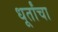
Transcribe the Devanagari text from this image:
धूर्तांचा